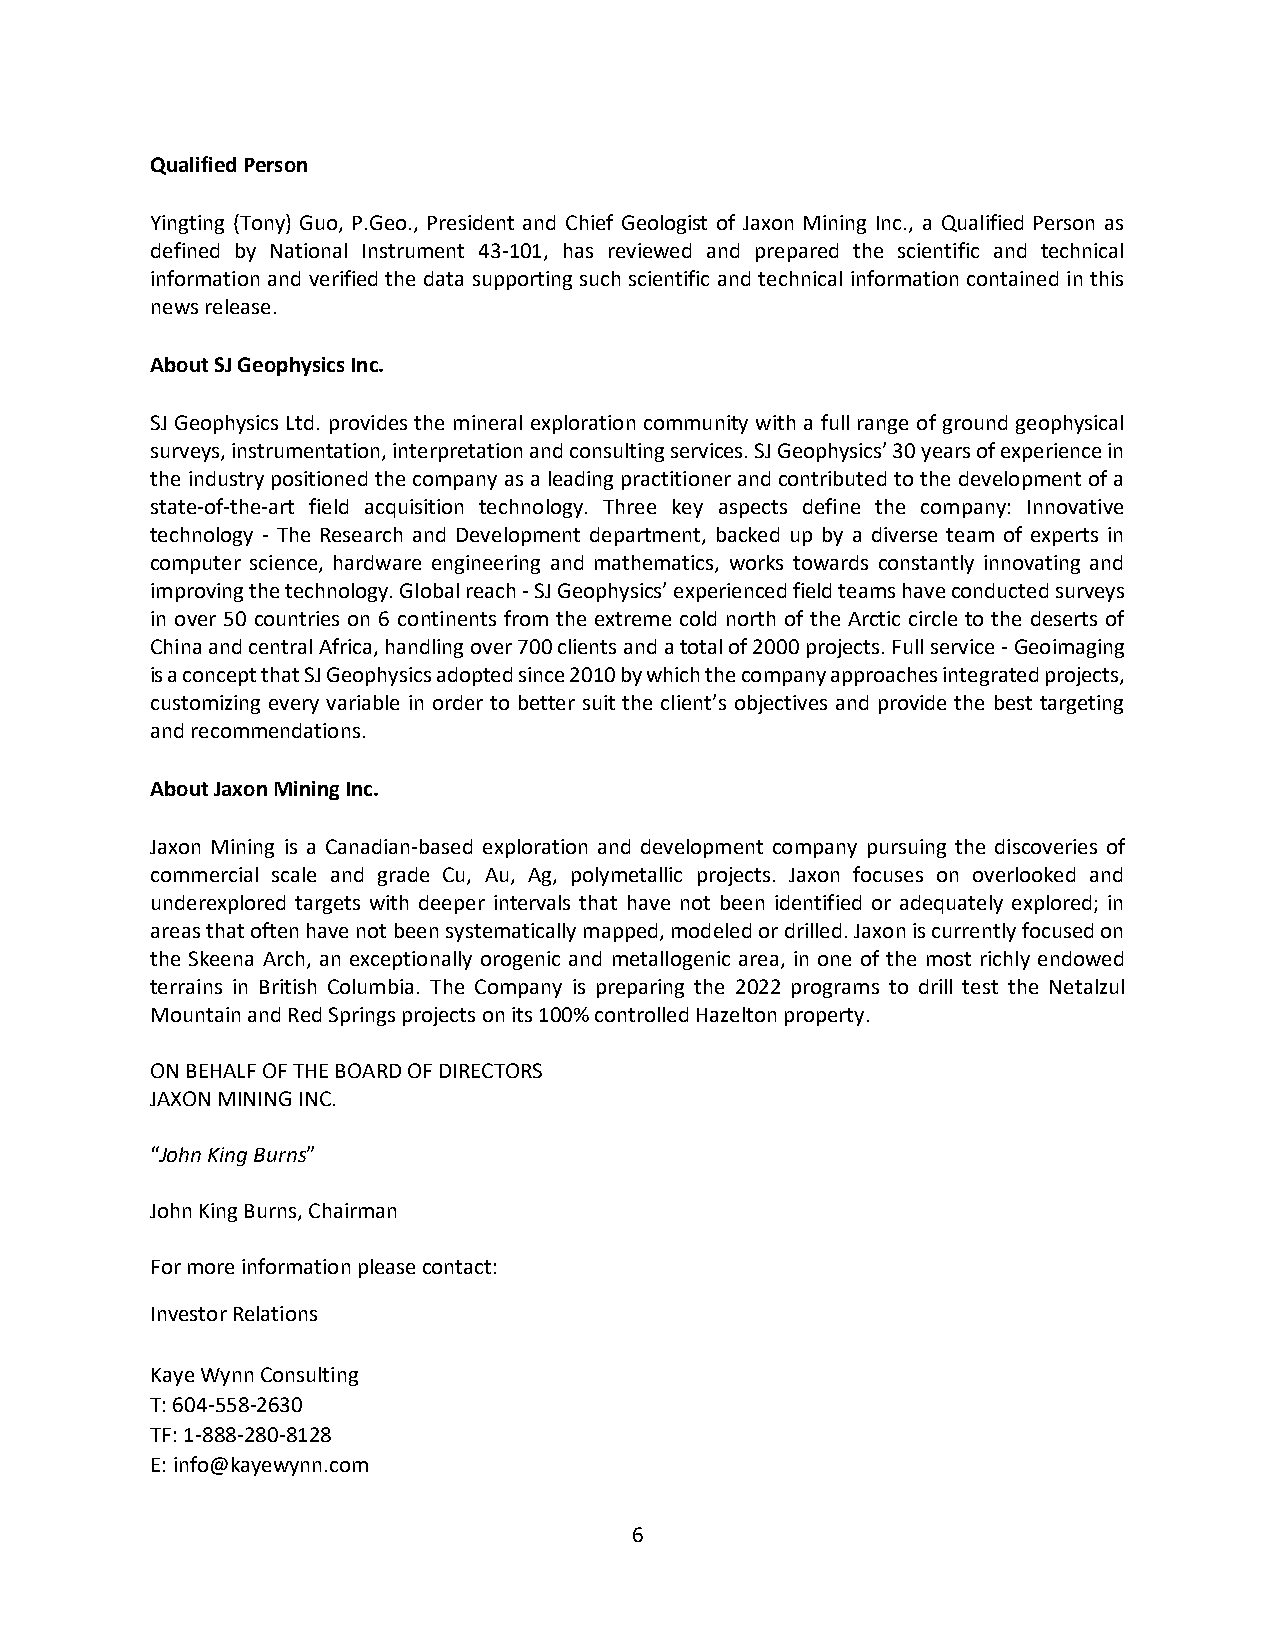
Qualified Person
 Yingting (Tony) Guo, P.Geo., President and Chief Geologist of Jaxon Mining Inc., a Qualified Person as
 defined by National Instrument 43-101, has reviewed and prepared the scientific and technical
 information and verified the data supporting such scientific and technical information contained in this
 news release.
 About SJ Geophysics Inc.
 SJ Geophysics Ltd. provides the mineral exploration community with a full range of ground geophysical
 surveys, instrumentation, interpretation and consulting services. SJ Geophysics’ 30 years of experience in
 the industry positioned the company as a leading practitioner and contributed to the development of a
 state-of-the-art field acquisition technology. Three key aspects define the company: Innovative
 technology - The Research and Development department, backed up by a diverse team of experts in
 computer science, hardware engineering and mathematics, works towards constantly innovating and
 improving the technology. Global reach - SJ Geophysics’ experienced field teams have conducted surveys
 in over 50 countries on 6 continents from the extreme cold north of the Arctic circle to the deserts of
 China and central Africa, handling over 700 clients and a total of 2000 projects. Full service - Geoimaging
 is a concept that SJ Geophysics adopted since 2010 by which the company approaches integrated projects,
 customizing every variable in order to better suit the client’s objectives and provide the best targeting
 and recommendations.
 About Jaxon Mining Inc.
 Jaxon Mining is a Canadian-based exploration and development company pursuing the discoveries of
 commercial scale and grade Cu, Au, Ag, polymetallic projects. Jaxon focuses on overlooked and
 underexplored targets with deeper intervals that have not been identified or adequately explored; in
 areas that often have not been systematically mapped, modeled or drilled. Jaxon is currently focused on
 the Skeena Arch, an exceptionally orogenic and metallogenic area, in one of the most richly endowed
 terrains in British Columbia. The Company is preparing the 2022 programs to drill test the Netalzul
 Mountain and Red Springs projects on its 100% controlled Hazelton property.
 ON BEHALF OF THE BOARD OF DIRECTORS
 JAXON MINING INC.
 “John King Burns”
 John King Burns, Chairman
 For more information please contact:
 Investor Relations
 Kaye Wynn Consulting
 T: 604-558-2630
 TF: 1-888-280-8128
 E: info@kayewynn.com
 6